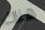
هناك